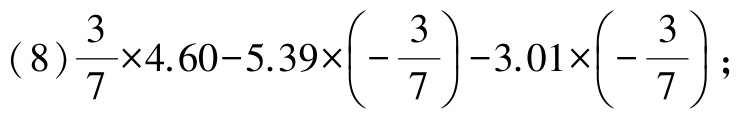
(8)$\frac{3}{7}\times4.60 - 5.39\times\left(-\frac{3}{7}\right)-3.01\times\left(-\frac{3}{7}\right)$;